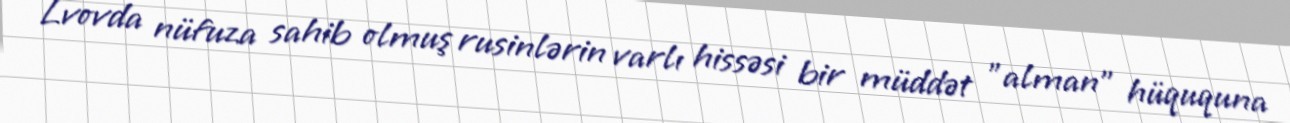
Lvovda nüfuza sahib olmuş rusinlərin varlı hissəsi bir müddət "alman" hüququna